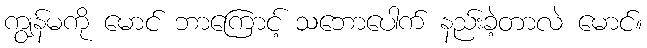
ကျွန်မကို မောင် ဘာကြောင့် သဘောပေါက် နည်းခဲ့တာလဲ မောင်။